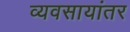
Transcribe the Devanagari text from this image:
व्यवसायांतर